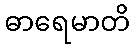
ဓာရေမာတိ